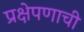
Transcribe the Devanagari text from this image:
प्रक्षेपणाची